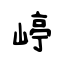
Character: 嵉